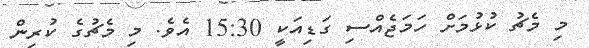
މި މެޗު ކުޅުމަށް ހަމަޖެއްސި ގަޑިއަކީ 15:30 އެވެ. މި މެޗުގެ ކުރިން